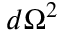
d \Omega ^ { 2 }